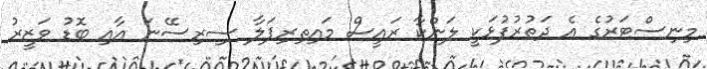
މިނިސްޓަރުގެ އެ ދަތުރުފުޅަކީ ލަންކާ ރައީސް މައިތިރިޕަލާ ސިރިސޭނަ އާއި ބޮޑު ވަޒީރު